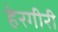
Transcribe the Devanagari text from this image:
हेरगीरी